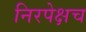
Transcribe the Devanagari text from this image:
निरपेक्षच